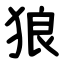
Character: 狼